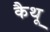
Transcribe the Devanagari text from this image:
कैथू